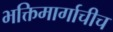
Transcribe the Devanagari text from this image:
भक्तिमार्गाचीच